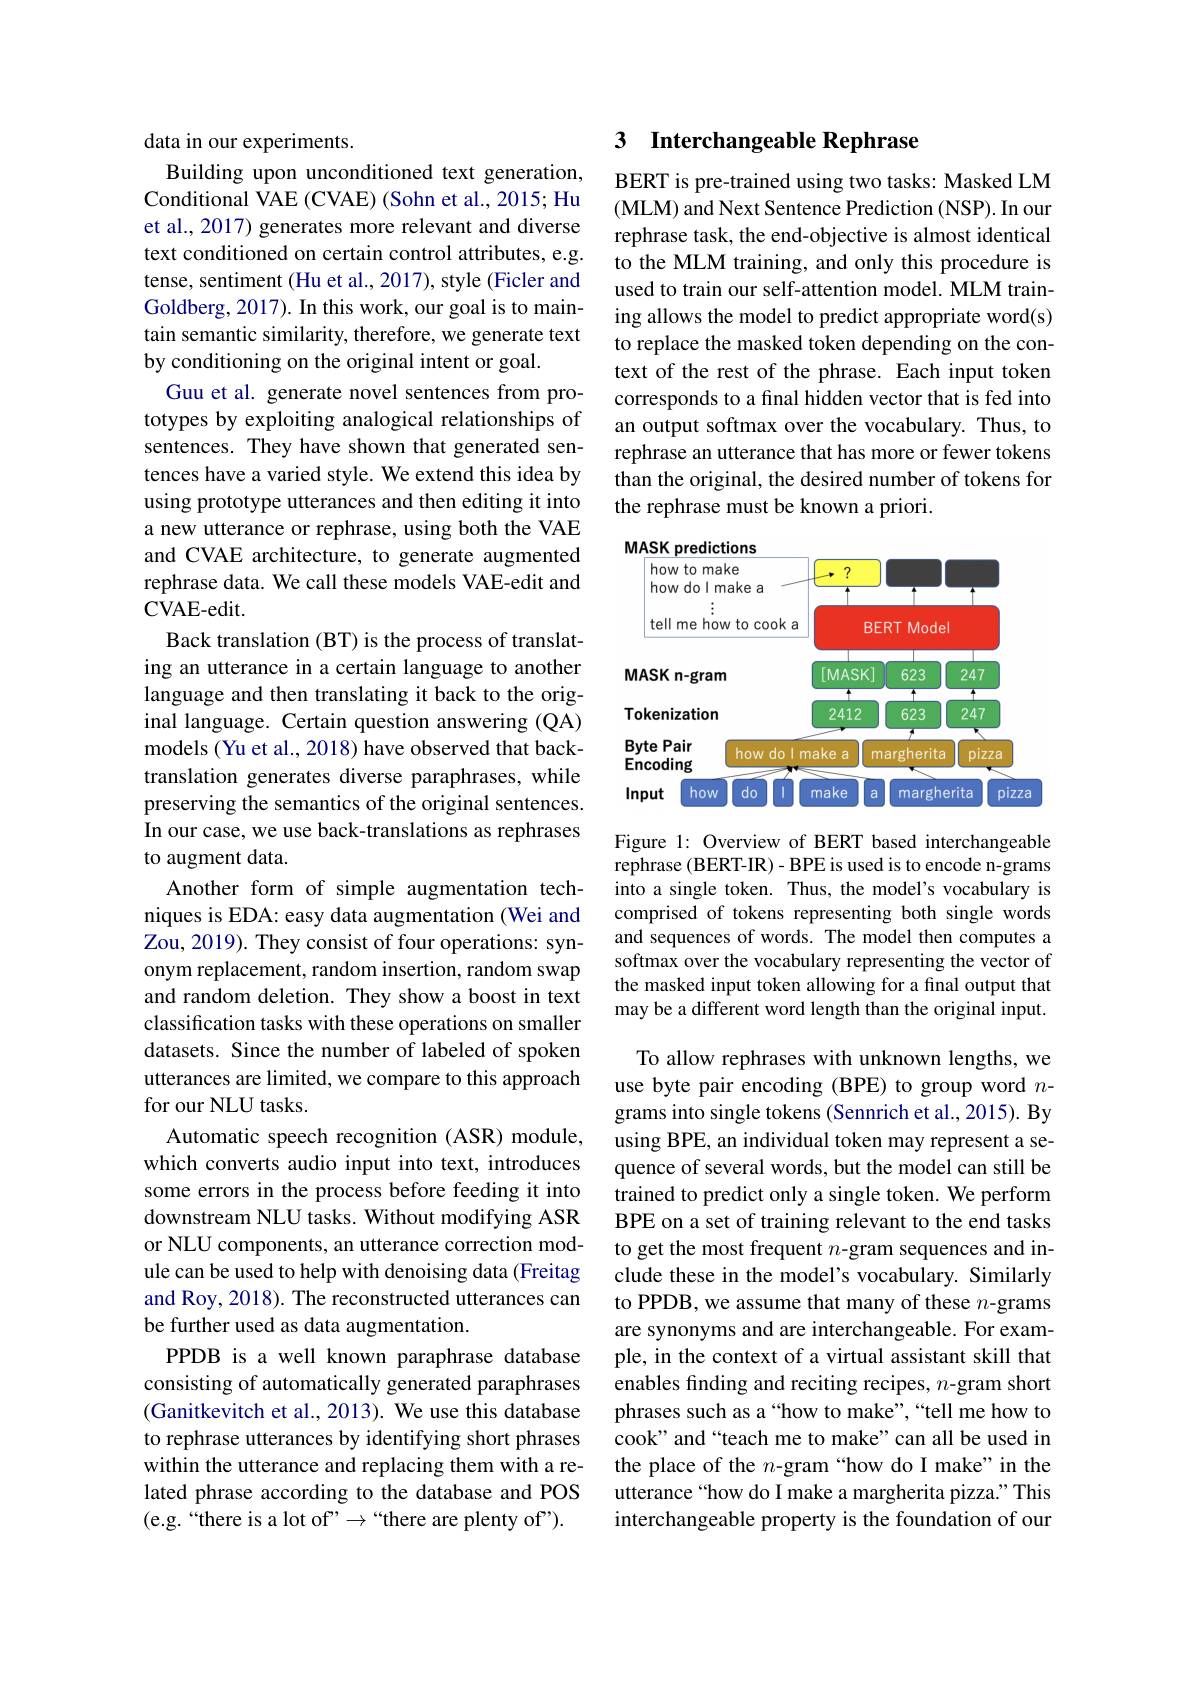
data in our experiments.
Building upon unconditioned text generation, Conditional VAE (CVAE) (Sohn et al., 2015; Hu et al., 2017) generates more relevant and diverse text conditioned on certain control attributes, e.g. tense, sentiment (Hu et al., 2017), style (Ficler and Goldberg, 2017). In this work, our goal is to maintain semantic similarity, therefore, we generate text by conditioning on the original intent or goal.
Guu et al. generate novel sentences from prototypes by exploiting analogical relationships of sentences. They have shown that generated sentences have a varied style. We extend this idea by using prototype utterances and then editing it into a new utterance or rephrase, using both the VAE and CVAE architecture, to generate augmented rephrase data. We call these models VAE-edit and CVAE- edit.
Back translation (BT) is the process of translating an utterance in a certain language to another language and then translating it back to the original language. Certain question answering (QA) models (Yu et al., 2018) have observed that backtranslation generates diverse paraphrases, while preserving the semantics of the original sentences. In our case, we use back-translations as rephrases to augment data.
Another form of simple augmentation techniques is EDA: easy data augmentation (Wei and Zou, 2019). They consist of four operations: synonym replacement, random insertion, random swap and random deletion. They show a boost in text classification tasks with these operations on smaller datasets. Since the number of labeled of spoken utterances are limited, we compare to this approach for our NLU tasks.
Automatic speech recognition (ASR) module, which converts audio input into text, introduces some errors in the process before feeding it into downstream NLU tasks. Without modifying ASR or NLU components, an utterance correction module can be used to help with denoising data (Freitag and Roy, 2018). The reconstructed utterances can be further used as data augmentation.
PPDB is a well known paraphrase database consisting of automatically generated paraphrases (Ganitkevitch et al., 2013). We use this database to rephrase utterances by identifying short phrases within the utterance and replacing them with a related phrase according to the database and POS (e.g.“there is a lot of”$\to``$there are plenty of").

## 3 $\textbf{Interchangeable Rephrase}$

BERT is pre-trained using two tasks: Masked LM (MLM) and Next Sentence Prediction (NSP). In our rephrase task, the end-objective is almost identical to the MLM training, and only this procedure is used to train our self-attention model. MLM training allows the model to predict appropriate word(s) to replace the masked token depending on the context of the rest of the phrase. Each input token corresponds to a final hidden vector that is fed into an output softmax over the vocabulary. Thus, to rephrase an utterance that has more or fewer tokens than the original, the desired number of tokens for the rephrase must be known a priori.

<FigureHere>

Figure 1: Overview of BERT based interchangeable rephrase (BERT-IR) - BPE is used is to encode n-grams into a single token. Thus, the model's vocabulary is comprised of tokens representing both single words and sequences of words. The model then computes a softmax over the vocabulary representing the vector of the masked input token allowing for a final output that may be a different word length than the original input.

To allow rephrases with unknown lengths, we use byte pair encoding (BPE) to group word $n$- grams into single tokens (Sennrich et al., 2015). By using BPE, an individual token may represent a sequence of several words, but the model can still be trained to predict only a single token. We perform BPE on a set of training relevant to the end tasks to get the most frequent $n$-gram sequences and include these in the model's vocabulary. Similarly to PPDB, we assume that many of these $n$-grams are synonyms and are interchangeable. For example, in the context of a virtual assistant skill that enables finding and reciting recipes, $n$-gram short phrases such as a“how to make”,“tell me how to cook" and “teach me to make”can all be used in the place of the $n$-gram“how do I make”in the utterance “how do I make a margherita pizza.” This interchangeable property is the foundation of our